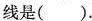
线是( ).